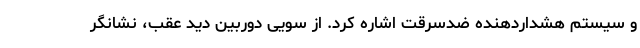
و سیستم هشداردهنده ضدسرقت اشاره کرد. از سويی دوربین دید عقب، نشانگر